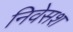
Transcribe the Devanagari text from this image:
निवेसश